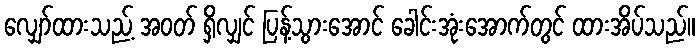
လျှော်ထားသည့် အဝတ် ရှိလျှင် ပြန့်သွားအောင် ခေါင်းအုံးအောက်တွင် ထားအိပ်သည်။